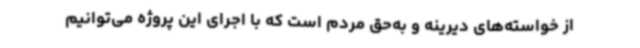
از خواسته‌های دیرینه و به‌حق مردم است که با اجرای این پروژه می‌توانیم